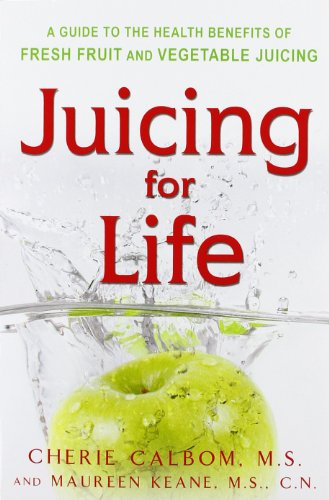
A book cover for Juicing for Life: A Guide to the Benefits of Fresh Fruit and Vegetable Juicing; Cherie Calbom; Cookbooks, Food & Wine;